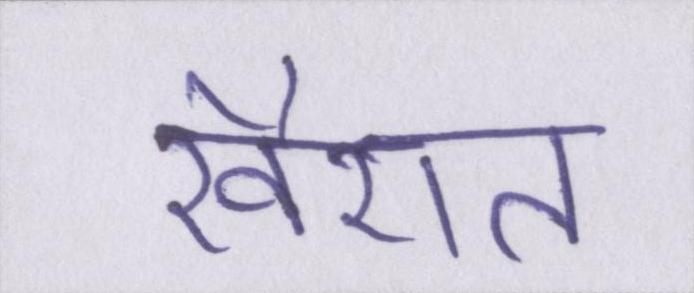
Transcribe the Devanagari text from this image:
खैरात